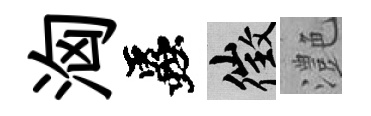
洶蟲徵灔